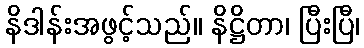
နိဒါန်းအဖွင့်သည်။ နိဋ္ဌိတာ၊ ပြီးပြီ၊